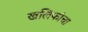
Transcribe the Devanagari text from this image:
खलिफांचा